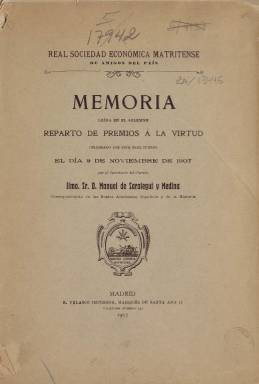
Título: Memoria leída en el solemne reparto de premios a la virtud
Colección: Anuarios e informes
Ámbito geográfico: Madrid
Lugar de publicación: Madrid
Fechas: 01/01/1907-31/12/1910